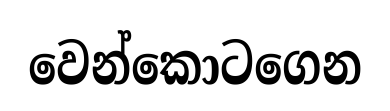
වෙන්කොටගෙන